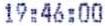
19:46:00